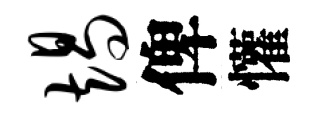
竭俾懽